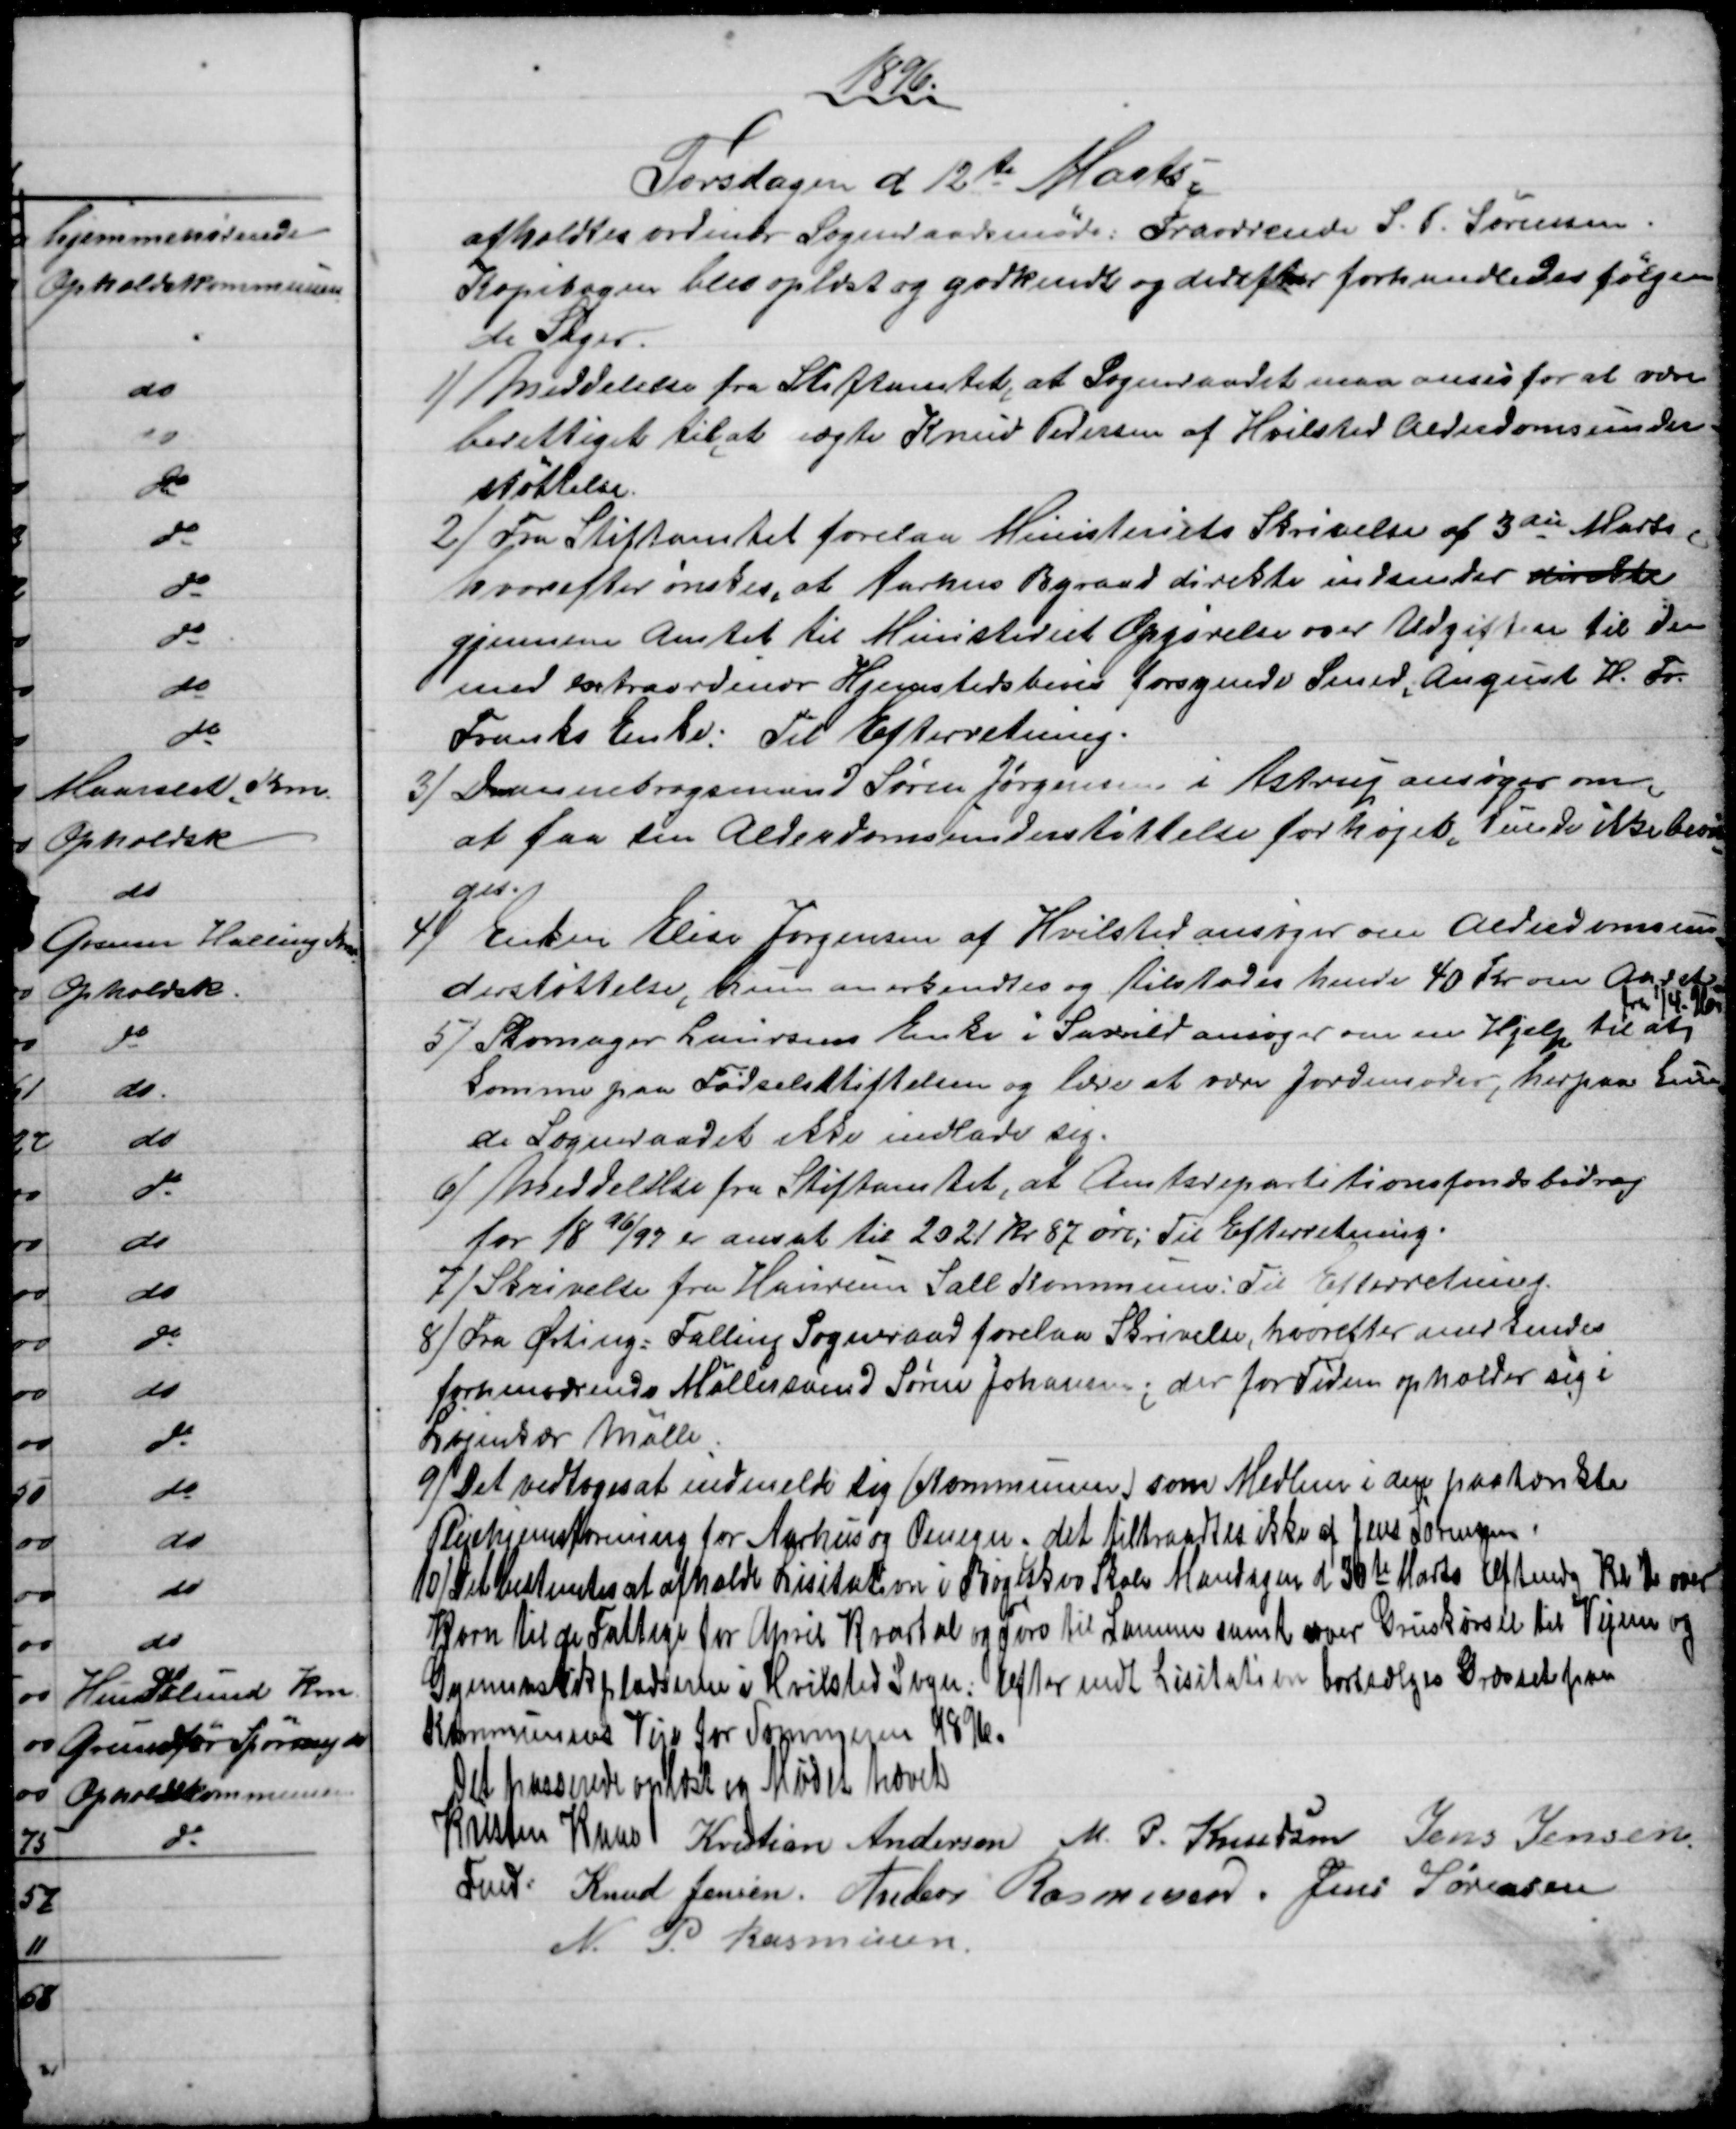
Transskription:
1896
Torsdagen d 12te Marts.
afholdtes ordinær Sogneraadsmøde. Fraværende S. P. Sørensen.
Kopibogen blev oplæst og godkendt og derefter forhandledes følgen
de Sager.
1)
Meddelelse fra Stiftamtet, at Sogneraadet maa anses for at være
berettiget til at nægte Knud Pedersen af Hvilsted Alderdomsunder-
støttelse.
2)
 Fra Stiftamtet forelaa Ministeriets Skrivelse af 3die Marts
hvorefter ønskes, at Aarhus Byraad direkte indsender direkte
gjennem Amtet til Ministeriet Opgørelse over Udgiften til den
med extraordinær Hjemstedsbevis forsynede Smed, August H. Fr.
Franks Enke: Til Efterretning.
3)
Dannebrogsmand Søren Jørgensen i Astrup ansøger om
at faa sin Alderdomsunderstøttelse forhøjet. Kunde ikke bevil
=
ges.
4)
Enken Elise Jørgensen af Hvilsted ansøger om Alderdomsun
=
derstøttelse, hun anerkendtes og tilstodes hende 40 Kr om Aaret.
fra 1/4. 96.
5) 
Skomager Laursens Enke i Saxild ansøger om en Hjelp til at
komme paa Fødselsstiftelsen og lære at være Jordemoder, herpaa kun
de Sogneraadet ikke indlade sig.
6)
Meddelelse fra Stiftamtet, at Amtsrepartitionsfondsbidrag
for 1896/97 er ansat til 2021 Kr 87 øre; Til Efterretning.
7) 
Skrivelse fra Haurum Sall Kommune: Til Efterretning.
8)
Fra Ørting = Falling Sogneraad forelaa Skrivelse, hvorefter anerkendes
forhenværende Møllersvend Søren Johansen; der for Tiden opholder sig i
Løjenkær Mølle.
9)
 Det vedtoges at indmelde sig (Kommunen) som Medlem i den paatænkte
Plejehjemsforening for Aarhus og Omegn; det tiltraadtes ikke af Jens Sørensen.
10)
Det bestemtes at afholde Lisitation i Bøgeskov Skole Mandagen d. 30te Marts Eftmdg Kl. 2 over
Korn til de Fattige for April Kvartal og Tørv til Samme samt over Gruskørsel til Vejene og
Gymnastikpladserne i Hvilsted Sogn. Efter endt Lisitation bortsælges Græsset paa
Kommunens Veje for Sommeren 1896.
Det passerede oplæst og Mødet hævet
Kristen Kaae 
Fmd.
Kristian Andersen M. P. Knudsen Jens Jensen.
Knud Jensen. Anders Rasmussen. Jens Sørensen
M. P. Rasmussen.